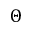
\Theta